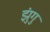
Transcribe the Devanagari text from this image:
झुंगु